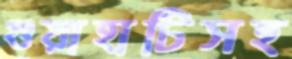
গুয়াহাটিসহ